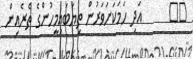
٤٩      އަދި ހަމަކަށަވަރުން ތިޔަބައިމީހުންގެ ތެރެއިން